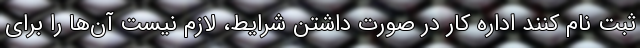
ثبت نام کنند اداره کار در صورت داشتن شرایط، لازم نیست آن‌ها را برای